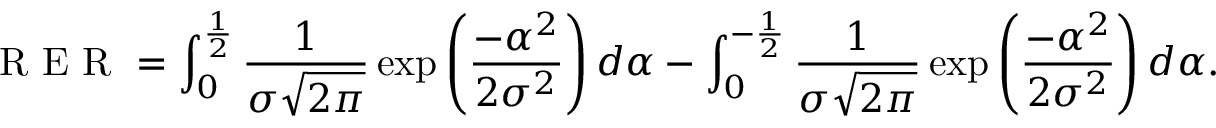
\textup { R E R } = \int _ { 0 } ^ { \frac { 1 } { 2 } } \frac { 1 } { \sigma \sqrt { 2 \pi } } \exp \left( \frac { - \alpha ^ { 2 } } { 2 \sigma ^ { 2 } } \right) d \alpha - \int _ { 0 } ^ { - \frac { 1 } { 2 } } \frac { 1 } { \sigma \sqrt { 2 \pi } } \exp \left( \frac { - \alpha ^ { 2 } } { 2 \sigma ^ { 2 } } \right) d \alpha .